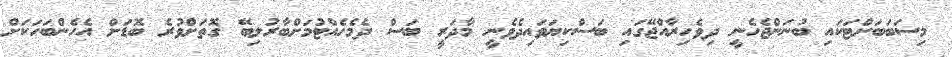
މިސަބަބަށްޓަކައި ބުނަންޖެހެނީ ދިވެހިރާއްޖޭގައި ބަސްކިޔަވައިދެވެނީ މާދަރީ ބަސް ދެމެހެއްޓުމަށްބާރުލިބޭ ގޮތަށްވުރެ ބޮޑަށް އެހެންބަހަކަށް